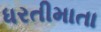
ધરતીમાતા